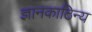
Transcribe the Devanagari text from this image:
ज्ञानकाठिन्य